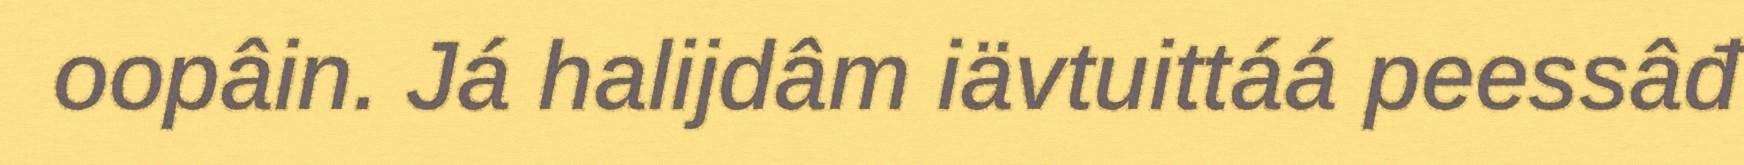
oopâin. Já halijdâm iävtuittáá peessâđ